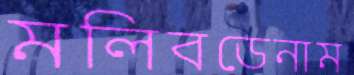
মলিবডেনাম